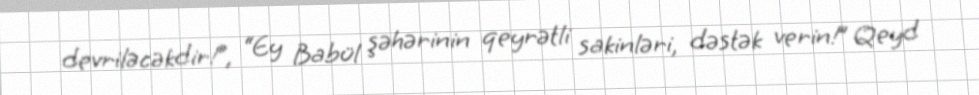
devriləcəkdir!”, “Ey Babül şəhərinin qeyrətli sakinləri, dəstək verin!” Qeyd